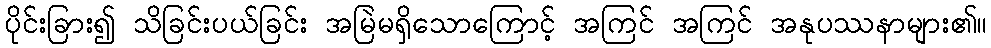
ပိုင်းခြား၍ သိခြင်းပယ်ခြင်း အမြဲမရှိသောကြောင့် အကြင် အကြင် အနုပဿနာများ၏။